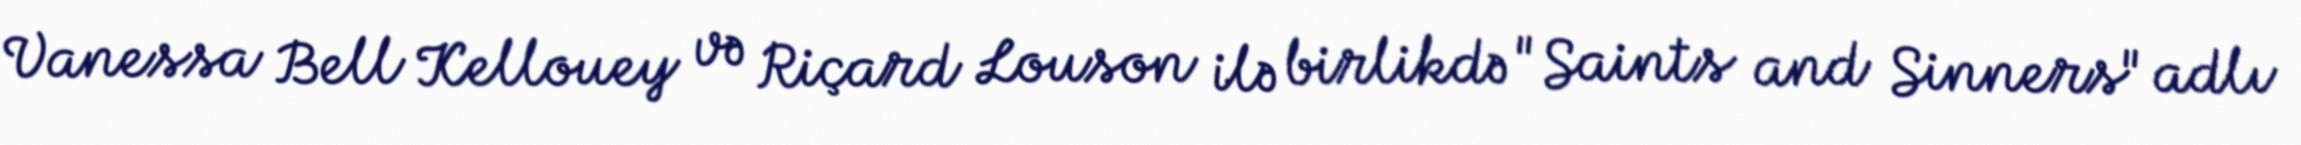
Vanessa Bell Kellouey və Riçard Louson ilə birlikdə "Saints and Sinners" adlı